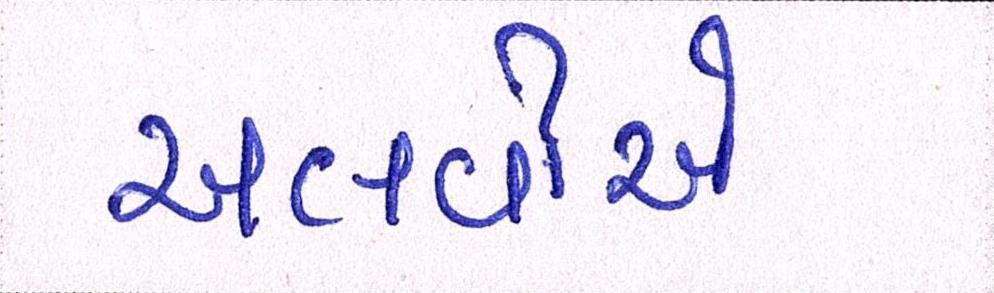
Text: અલવીએ